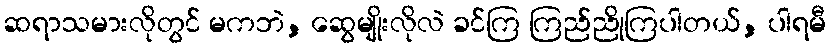
ဆရာသမားလိုတွင် မကဘဲ, ဆွေမျိုးလိုလဲ ခင်ကြ ကြည်ညိုကြပါတယ်, ပါရမီ